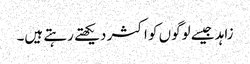
زاہد جیسے لوگوں کو اکثر دیکھتے رہتے ہیں۔